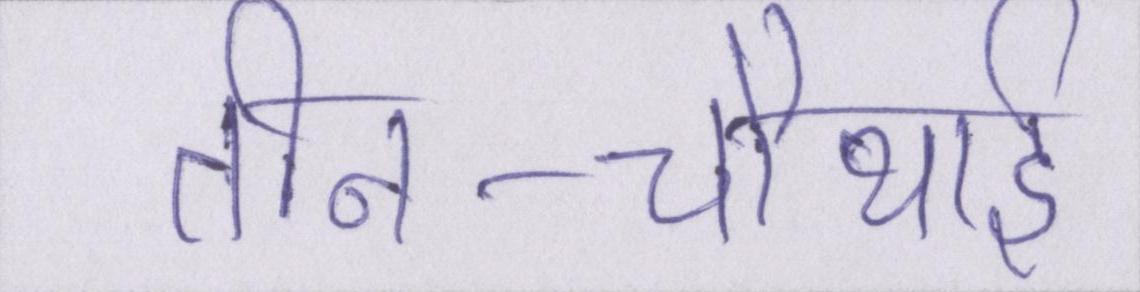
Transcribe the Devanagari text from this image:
तीन-चौथाई